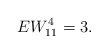
\begin{align*} EW_{11}^{4}=3.\end{align*}